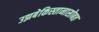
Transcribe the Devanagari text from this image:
उझबेकिस्तानासोबत